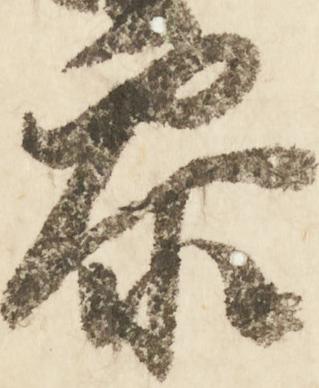
参